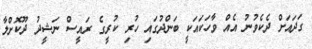
ގަދައަށް ދެކެވުނު އެއް ވާހަކައަކީ ބަންދުގައި ހުރި ކުރީގެ ރައީސް ނަޝީދު ދޫކޮށްލާ